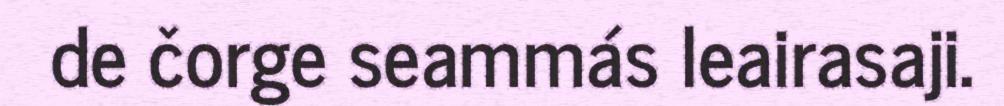
de čorge seammás leairasaji.